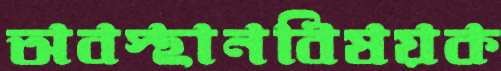
অবস্থানবিষয়ক